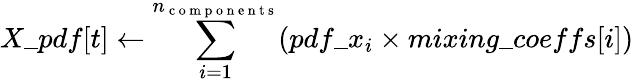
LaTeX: X\_ pdf[t]\leftarrow\sum_{i=1}^{n_{\mathrm{~c~o~m~p~o~n~e~n~t~s~}}}(pdf\_ x_{i}\times mixing\_ coeffs[i])